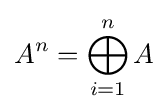
A^{n}=\bigoplus _{i=1}^{n}A